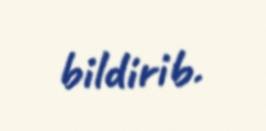
bildirib.